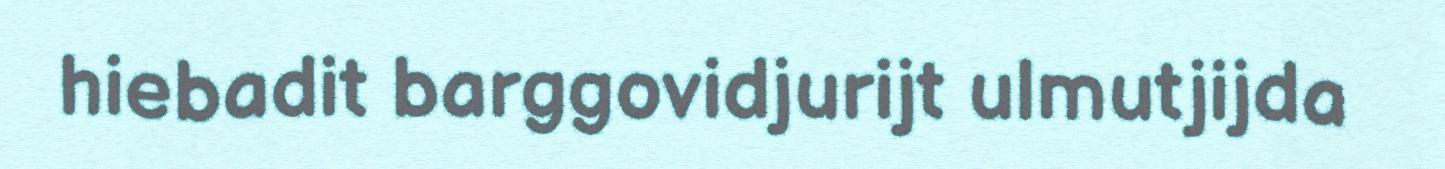
hiebadit barggovidjurijt ulmutjijda